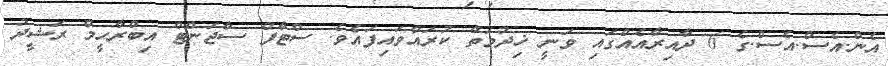
އެން.އެސް.އެސް.ގެ 6 ދާއިރާއެއްގައި ވަނީ ޚިދުމަތް ކުރައްވައިފައެވެ. ސްޓާފް ސާޖަންޓް އިބްރާހީމް ރަޝީދު